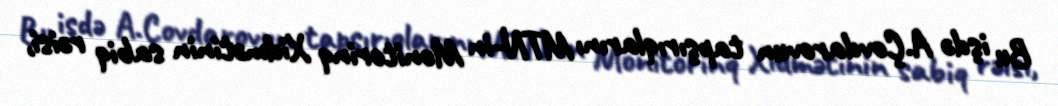
Bu işdə A.Çovdarovun tapşırıqlarını MTN-in Monitorinq Xidmətinin sabiq rəisi,